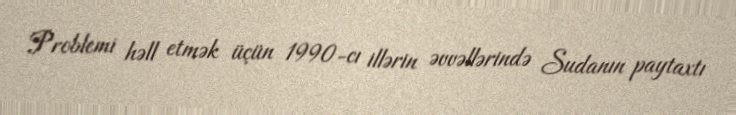
Problemi həll etmək üçün 1990-cı illərin əvvəllərində Sudanın paytaxtı